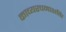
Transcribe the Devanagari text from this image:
काव्यरचनाशक्ति